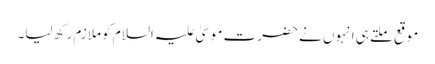
موقع ملتے ہی انہوں نے حضرت موسیٰ علیہ السلام کو ملازم رکھ لیا۔